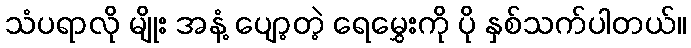
သံပရာလို မျိုး အနံ့ ပျော့တဲ့ ရေမွှေးကို ပို နှစ်သက်ပါတယ်။